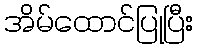
အိမ်ထောင်ပြုပြီး